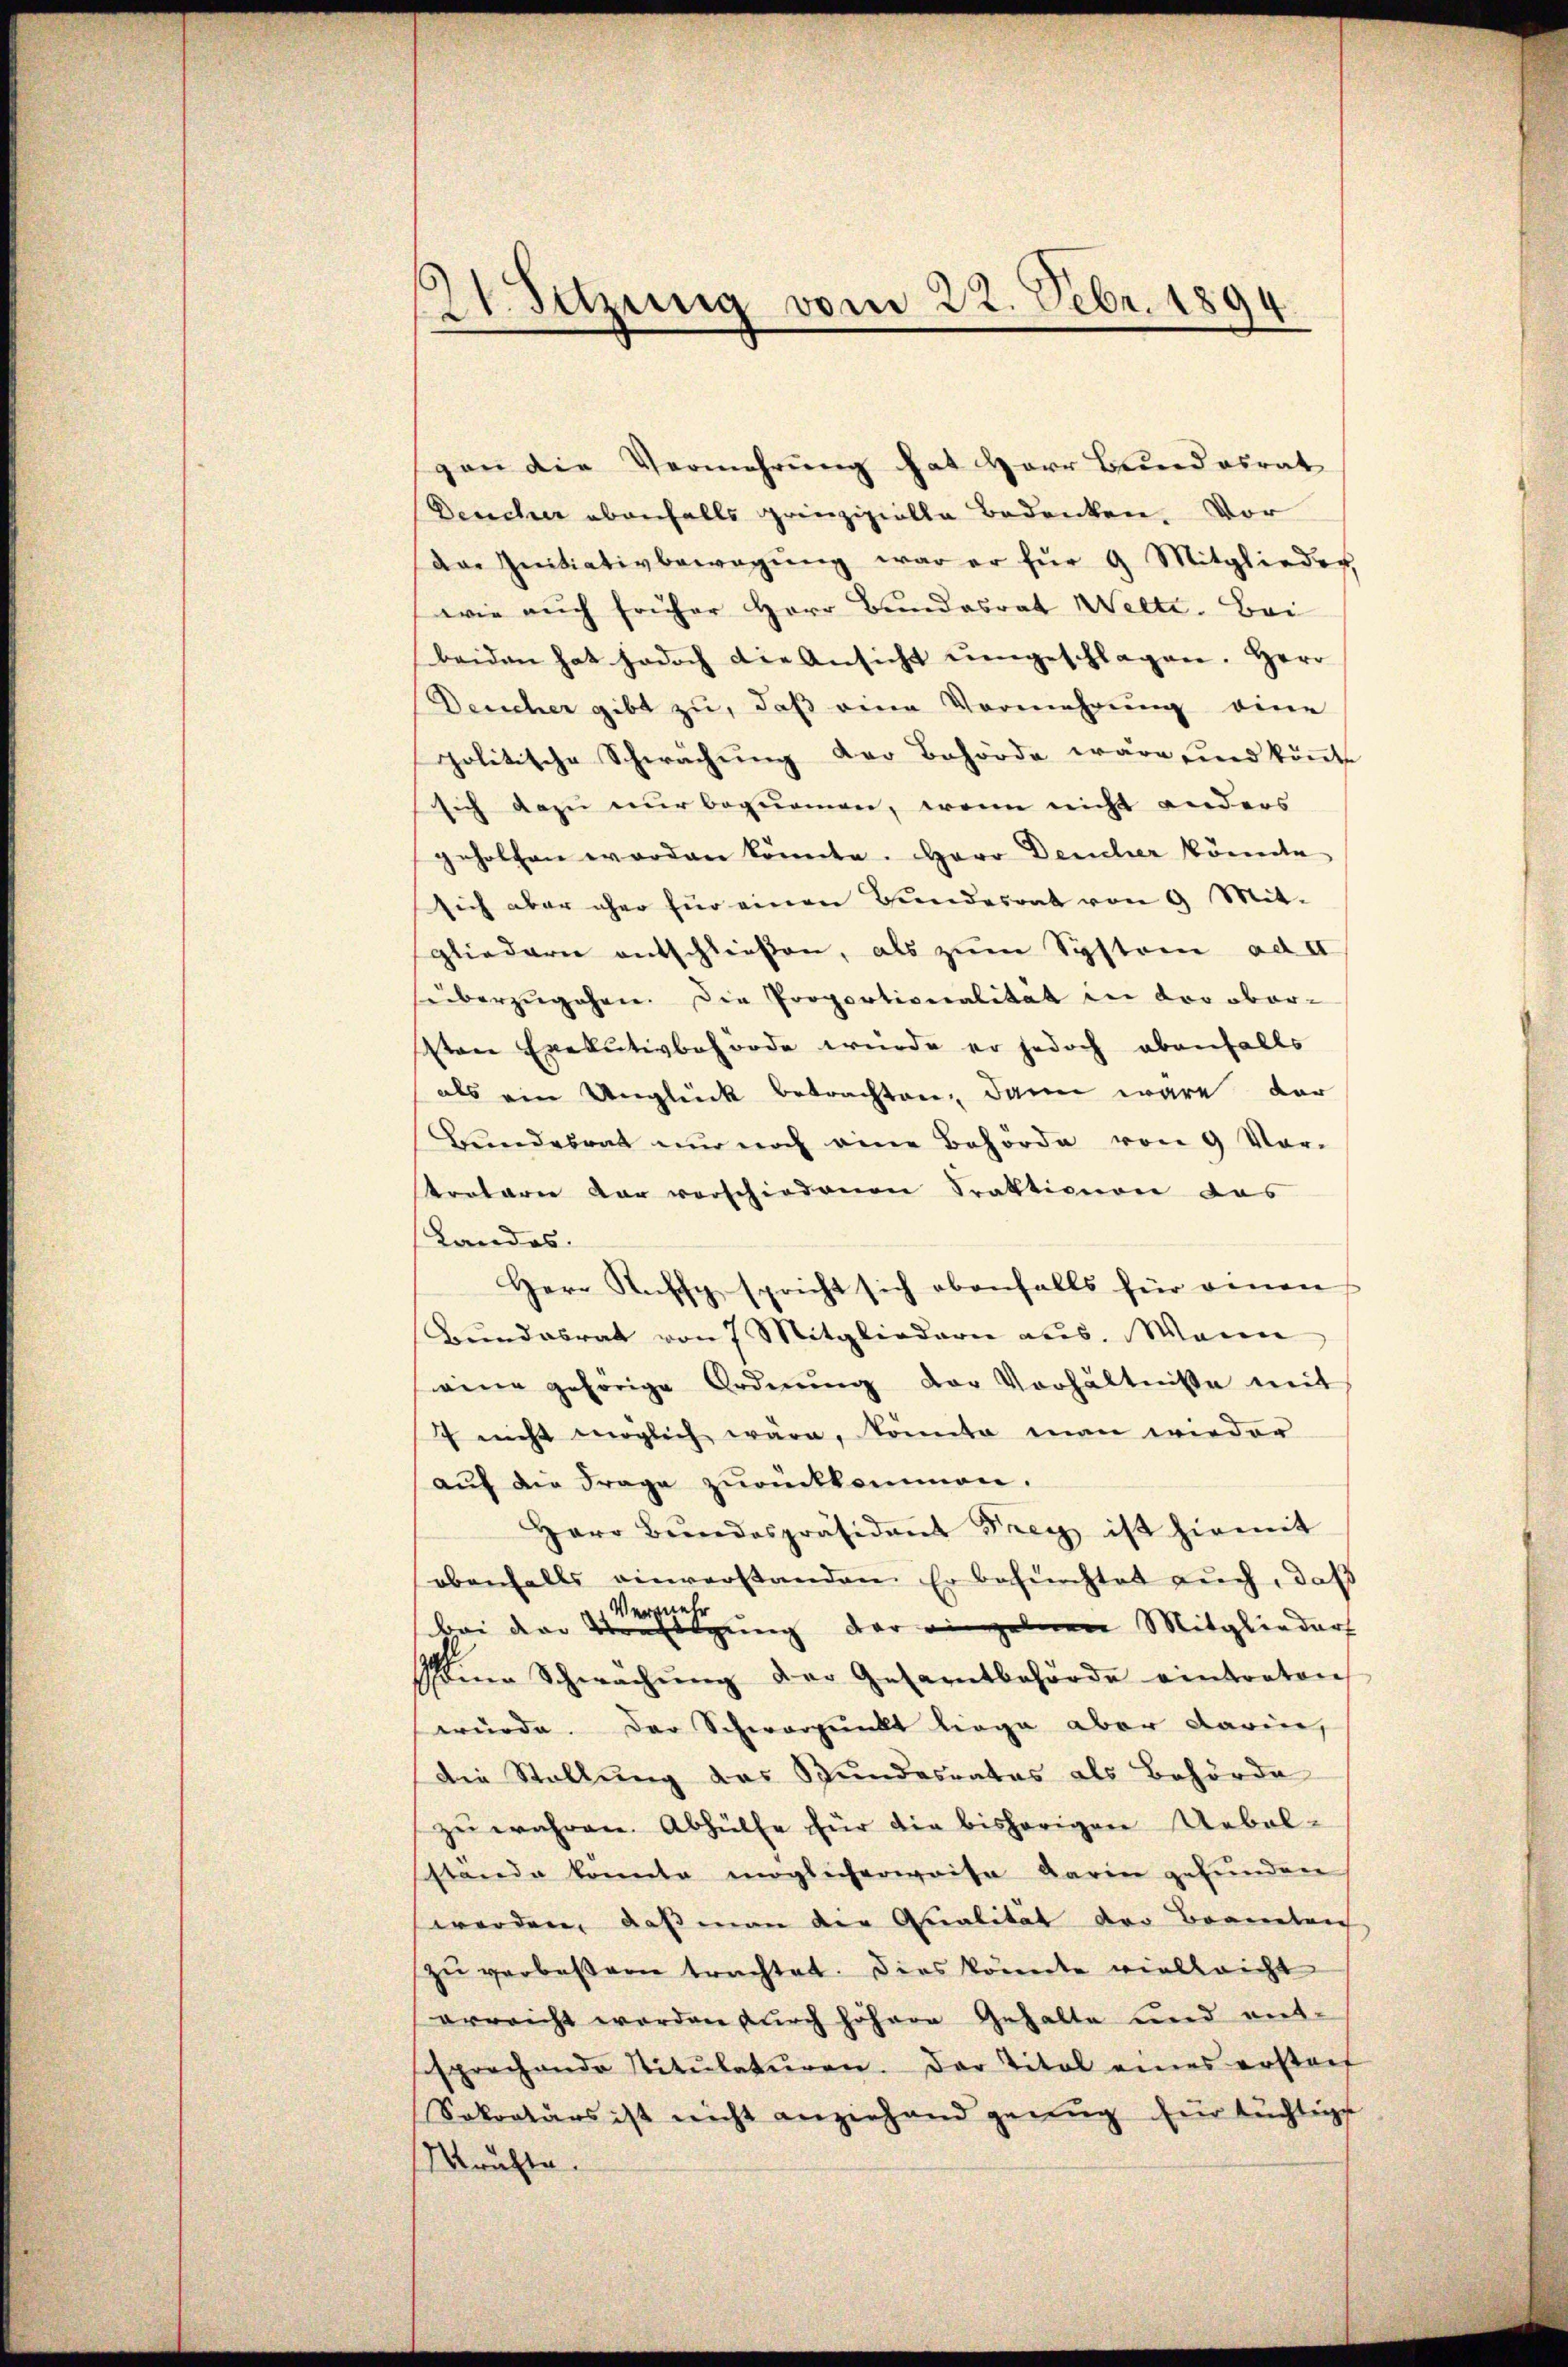
21. Sitzung vom 22. Febr. 1894.

gan die Vermehrung hat Herr Bundesrat
Deucher ebenfalls prinzipielle Bedencken. Vor
das Initiativbewegŭng war er für 9 Mitglieder
wie auch früher Herr Bundesrat Welte. Bei
beiden hat jedoch die Ansicht umgeschlagen. Herr
Dericher gibt zu, daß eine Vermehrung eine
politische Schwächung der Behörde wäre sind könte
sich dazu nur bequemen, wenn nicht anders
geholfen worden könnte. Herr Deucher könnte
sich aber eher für einen Bundesrat von 9 Mit-
gliedern entschließen, als zum System ad a
heberzugehen. Die Proportionalität in der ober¬
Von Exekutivbehörde wurde er jedoch ebenfalls
als ein Unglück betrachten, dann wäre der
Bundesrat nur noch eine Behörde von 9 Vor-
treterie dar verschiedenen Praktionen das
Landes.
Herr Ruffg spricht sich ebenfalls für einen
Bundesrat von 7 Mitgliedern aus. Wenn
seine gehörige Ordnŭng der Verhältnisse mit
7 nicht möglich wäre, konnte man wieder
auf die Frage zurückkommen.
Herr Bŭndespräsident Frey ist hiemit
ebenfalls einverstanden. Er besuchtet auch, daß
bei der steigung der einzelnen Mitglieder
seine Schwachŭng der Gesamtbehörde eintreten
würde. Der Schwerpunkt liege aber darin,
Die Stellung das Bundesrates als Behörde
zu währen. Abhülfe für die bisherigen Uebel-
stände könnte möglicherweise darin gefunden
werden, daß man die Qualität der Brannten
zŭ verbeßern trachtet. Dies könnte vielleicht
erreicht werden durch höhere Gehalte und ent-
sprochende Stitŭlaturen. Der Titel eines erstof
Sokratärs ist nicht anziehend genug für tüchtige
Mrüchte.